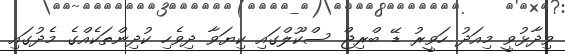
ވިދާޅުވީ މިއަދު ހަވީރު ޑޭ ބްރިޖް ސްކޫލްގައި ކިޔަވާ ދިވެހި ކުދިންތަކެއްގެ މެދުގައި